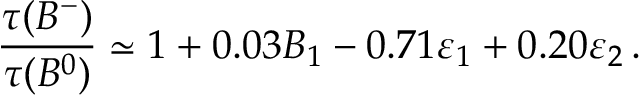
{ \frac { \tau ( B ^ { - } ) } { \tau ( B ^ { 0 } ) } } \simeq 1 + 0 . 0 3 B _ { 1 } - 0 . 7 1 \varepsilon _ { 1 } + 0 . 2 0 \varepsilon _ { 2 } \, .